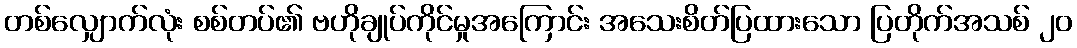
တစ်လျှောက်လုံး စစ်တပ်၏ ဗဟိုချုပ်ကိုင်မှုအကြောင်း အသေးစိတ်ပြထားသော ပြတိုက်အသစ် ၂၀